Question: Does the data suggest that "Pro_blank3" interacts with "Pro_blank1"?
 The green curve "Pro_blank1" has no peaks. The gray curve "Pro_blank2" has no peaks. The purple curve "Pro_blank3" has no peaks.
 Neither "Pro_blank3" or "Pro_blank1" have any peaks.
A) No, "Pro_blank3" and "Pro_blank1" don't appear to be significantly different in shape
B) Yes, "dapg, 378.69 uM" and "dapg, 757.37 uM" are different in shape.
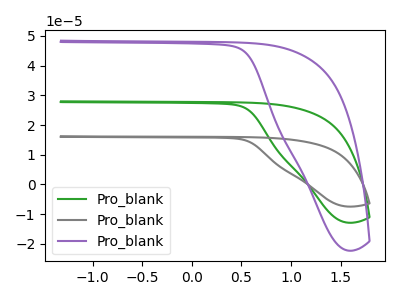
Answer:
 <answer>A) No, "Pro_blank3" and "Pro_blank1" don't appear to be significantly different in shape</answer>
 <eval>A</eval>